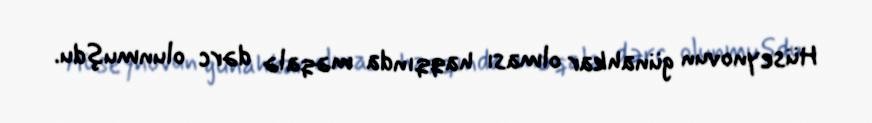
Hüseynovun günahkar olması haqqında məqalə dərc olunmuşdu.